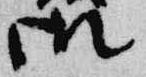
御